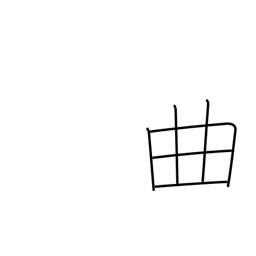
Meaning: fault